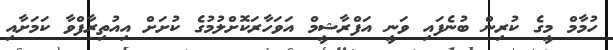
ހުމާމް މީގެ ކުރިން ބުނެފައި ވަނީ އަފްރާޝީމް އަވަހާރަކޮށްލުމުގެ ކުށަށް އިއުތިރާފްވާ ކަމަށާއި